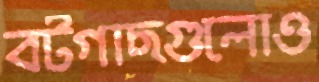
বটগাছগুলোও